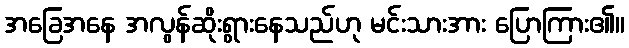
အခြေအနေ အလွန်ဆိုးရွားနေသည်ဟု မင်းသားအား ပြောကြား၏။